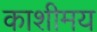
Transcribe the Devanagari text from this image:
काशीमय